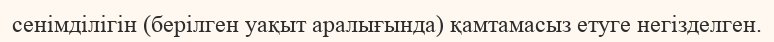
сенімділігін (берілген уақыт аралығында) қамтамасыз етуге негізделген.